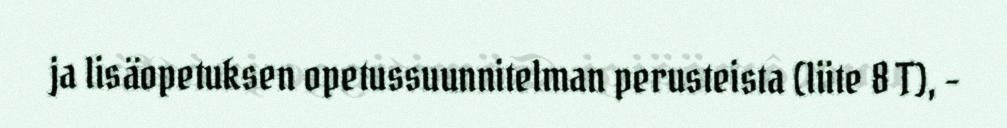
ja lisäopetuksen opetussuunnitelman perusteista (liite 8 T), -